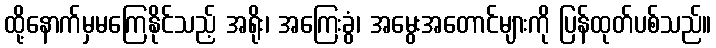
ထို့နောက်မှမကြေနိုင်သည့် အရိုး၊ အကြေးခွံ၊ အမွေးအတောင်များကို ပြန်ထုတ်ပစ်သည်။